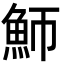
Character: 魳